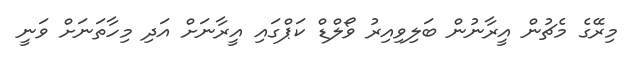
މިރޭގެ މެޗުން އީރާނުން ބަލިވިއިރު ވޯލްޑް ކަޕްގައި އީރާނަށް އަދި މިހާތަނަށް ވަނީ